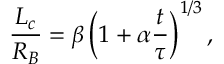
\frac { L _ { c } } { R _ { B } } = \beta \left( 1 + \alpha \frac { t } { \tau } \right) ^ { 1 / 3 } ,